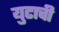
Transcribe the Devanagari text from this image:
युटाची